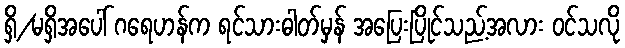
ရှိ/မရှိအပေါ် ဂရေဟန်က ရင်သားဓါတ်မှန် အပြေးပြိုင်သည့်အလား ဝင်သလို